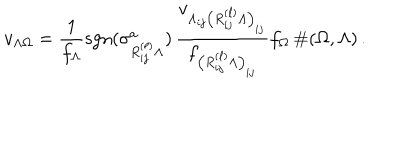
LaTeX: v _ { \Lambda \Omega } = \frac { 1 } { f _ { \Lambda } } \mathrm { { s g n } } ( \sigma _ { R _ { i j } ^ { ( \ell ) } \Lambda } ^ { a } ) \, \frac { v _ { \Lambda _ { i j } \left( R _ { i j } ^ { ( \ell ) } \Lambda \right) _ { i j } } } { f _ { \left( R _ { i j } ^ { ( \ell ) } \Lambda \right) _ { i j } } } f _ { \Omega } \, \# ( \Omega , \Lambda ) \, .